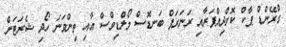
ގްރޭންޑް ޕާކް ކޮށްދިއްޕަރާއި ރަނަރަޕް ބަނޑޮސް މޯލްޑިވްސް އާއި ތިންވަނަ ހޯދި ޝެރަޓަން